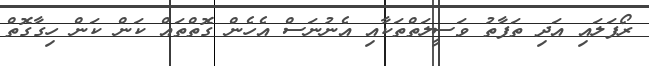
ރޯފަލައި އަދި ތަފާތު ވަސީލަތްތަކާއި އެނުނަސް އެހެން ގޮތްތައް ކަން ކަން ހިގާގޮތް